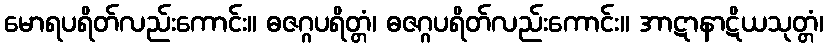
မောရပရိတ်လည်းကောင်း။ ဓဇဂ္ဂပရိတ္တံ၊ ဓဇဂ္ဂပရိတ်လည်းကောင်း။ အာဋာနာဋိယသုတ္တံ၊